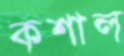
কশাল